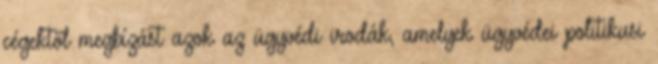
cégektől megbízást azok az ügyvédi irodák, amelyek ügyvédei politikusi